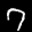
Label: 7